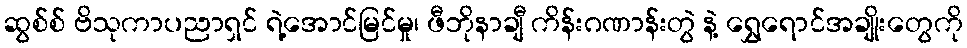
ဆွစ်စ် ဗိသုကာပညာရှင် ရဲ့အောင်မြင်မှု၊ ဖီဘိုနာချီ ကိန်းဂဏာန်းတွဲ နဲ့ ရွှေရောင်အချိုးတွေကို